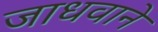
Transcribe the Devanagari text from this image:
जाधवाने